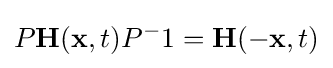
P\mathbf {H} (\mathbf {x} ,t)P^{-}1=\mathbf {H} (\mathbf {-x} ,t)